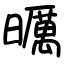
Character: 曞